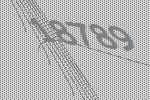
18789